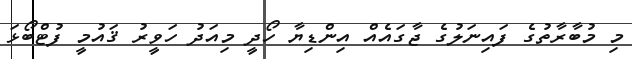
މި މުބާރާތުގެ ފައިނަލުގެ ޖާގައެއް އިންޑިޔާ ހޯދީ މިއަދު ހަވީރު ޤައުމީ ފުޓްބޯޅަ